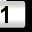
Digit: 1